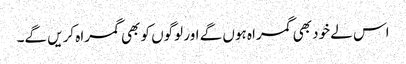
اس لے خود بھی گمراہ ہوں گے اور لوگوں کو بھی گمراہ کریں گے۔